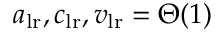
a _ { \mathrm { l r } } , c _ { \mathrm { l r } } , v _ { \mathrm { l r } } = \Theta ( 1 )